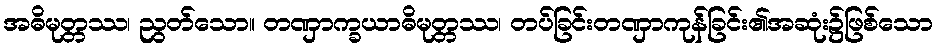
အဓိမုတ္တဿ၊ ညွတ်သော။ တဏှာက္ခယာဓိမုတ္တဿ၊ တပ်ခြင်းတဏှာကုန်ခြင်း၏အဆုံး၌ဖြစ်သော